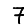
Digit: 7